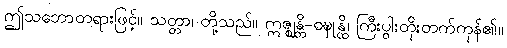
ဤသဘောတရားဖြင့်။ သတ္တာ၊ တို့သည်။ ဣဇ္ဈန္တိ-ဝဍ္ဎုန္ထိ၊ ကြီးပွါးတိုးတက်ကုန်၏။